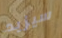
سيزيد